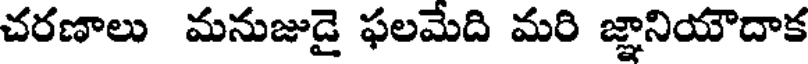
చరణాలు మనుజుడై ఫలమేది మరి జ్ఞానియౌదాక